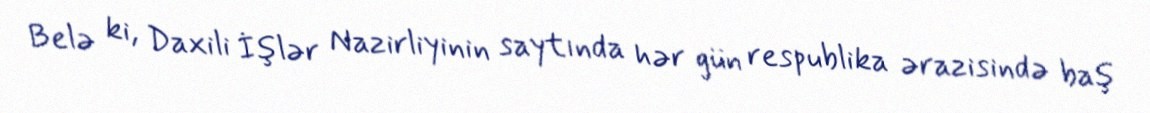
Belə ki, Daxili İşlər Nazirliyinin saytında hər gün respublika ərazisində baş